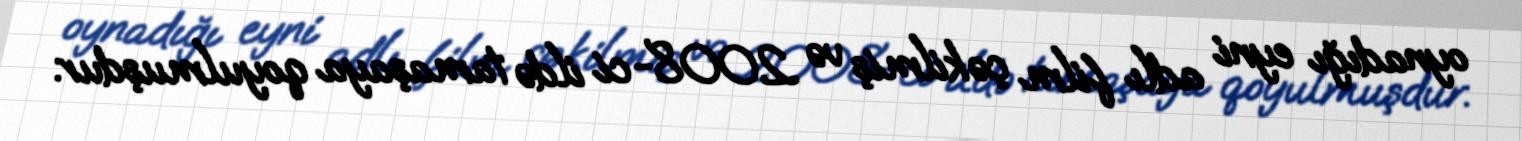
oynadığı eyni adlı film çəkilmiş və 2008-ci ildə tamaşaya qoyulmuşdur.